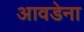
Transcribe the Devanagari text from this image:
आवडेना